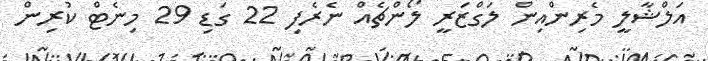
އަލްޝާލީ މެރިންއިން ލަގްޒަރީ ލޯންޗެއް ނެރެފި 22 ގަޑި 29 މިނެޓް ކުރިން